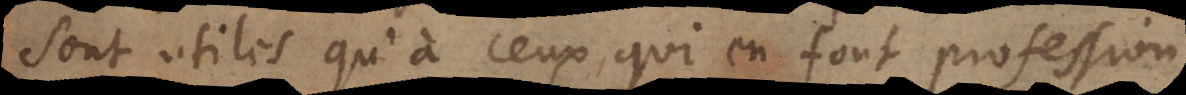
sont utiles qu’à ceux, qui en font profession